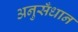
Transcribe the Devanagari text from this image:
अनुसँधान